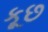
કૂછ